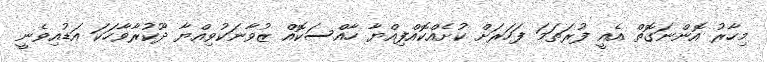
މިހާރު އޮންނަގޮތް އެއީ ފުރަތަމަ ފަހަރަށް ކުށެއްކޮއްފިއްޔާ ހާއްސަކޮއް ޒުވާނަކުވިއްޔާ ދޫކުރާވާހަކަ އަޑުއިވެނީ